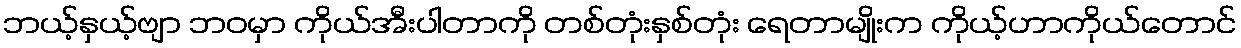
ဘယ့်နှယ့်ဗျာ ဘဝမှာ ကိုယ်အီးပါတာကို တစ်တုံးနှစ်တုံး ရေတာမျိုးက ကိုယ့်ဟာကိုယ်တောင်